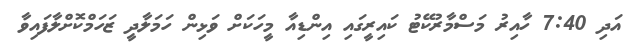
އަދި 7:40 ހާއިރު މަސްމާރުކޭޓު ކައިރީގައި އިންޑިއާ މީހަކަށް ވަޅިން ހަމަލާދީ ޒަހަމްކޮށްލާފައިވާ